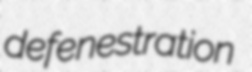
defenestration